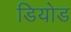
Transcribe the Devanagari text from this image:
डियोड